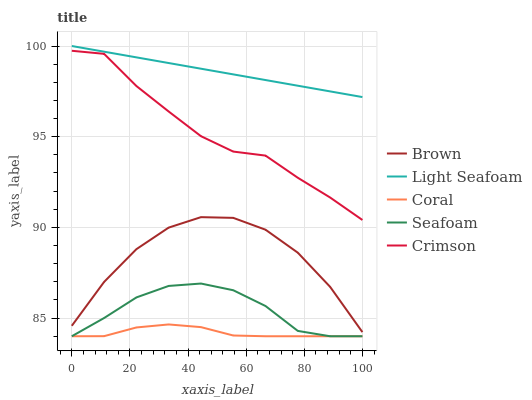
| xaxis_label | Brown | Light Seafoam | Coral | Seafoam | Crimson |
 | --- | --- | --- | --- | --- | --- |
 | 0 | 84.6 | 100 | 84 | 84 | 99.7 |
 | 11.1 | 87 | 99.7 | 84 | 85 | 99.6 |
 | 22.2 | 88.8 | 99.4 | 84.5 | 86.1 | 97.8 |
 | 33.3 | 90 | 99.1 | 84.7 | 86.8 | 96.4 |
 | 44.4 | 90.6 | 98.7 | 84.5 | 86.9 | 95 |
 | 55.6 | 90.5 | 98.4 | 84 | 86.5 | 94.2 |
 | 66.7 | 89.9 | 98.1 | 84 | 85.7 | 94 |
 | 77.8 | 88.6 | 97.8 | 84 | 84.3 | 92.7 |
 | 88.9 | 86.7 | 97.5 | 84 | 84 | 91.6 |
 | 100 | 84.2 | 97.2 | 84 | 84 | 90.4 |